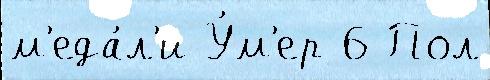
м'еда́л'и У́м'ер 6 Пол